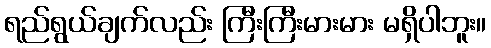
ရည်ရွယ်ချက်လည်း ကြီးကြီးမားမား မရှိပါဘူး။